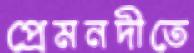
প্রেমনদীতে